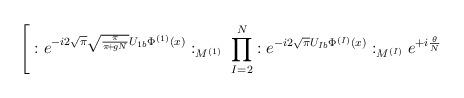
LaTeX: \begin{align*}\Bigg[: e^{- i 2 \sqrt{\pi} \sqrt{\frac{\pi}{\pi\!+\!gN}} U_{1 b} \Phi^{(1)}(x)}:_{M^{(1)}} \; \prod_{I=2}^N: e^{- i 2 \sqrt{\pi} U_{I b} \Phi^{(I)}(x)}:_{M^{(I)}} e^{+ i \frac{\theta}{N}}\end{align*}